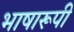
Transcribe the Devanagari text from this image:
भाषारूपी